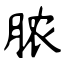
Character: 脓